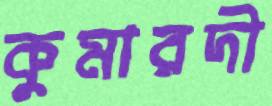
কুমারদী